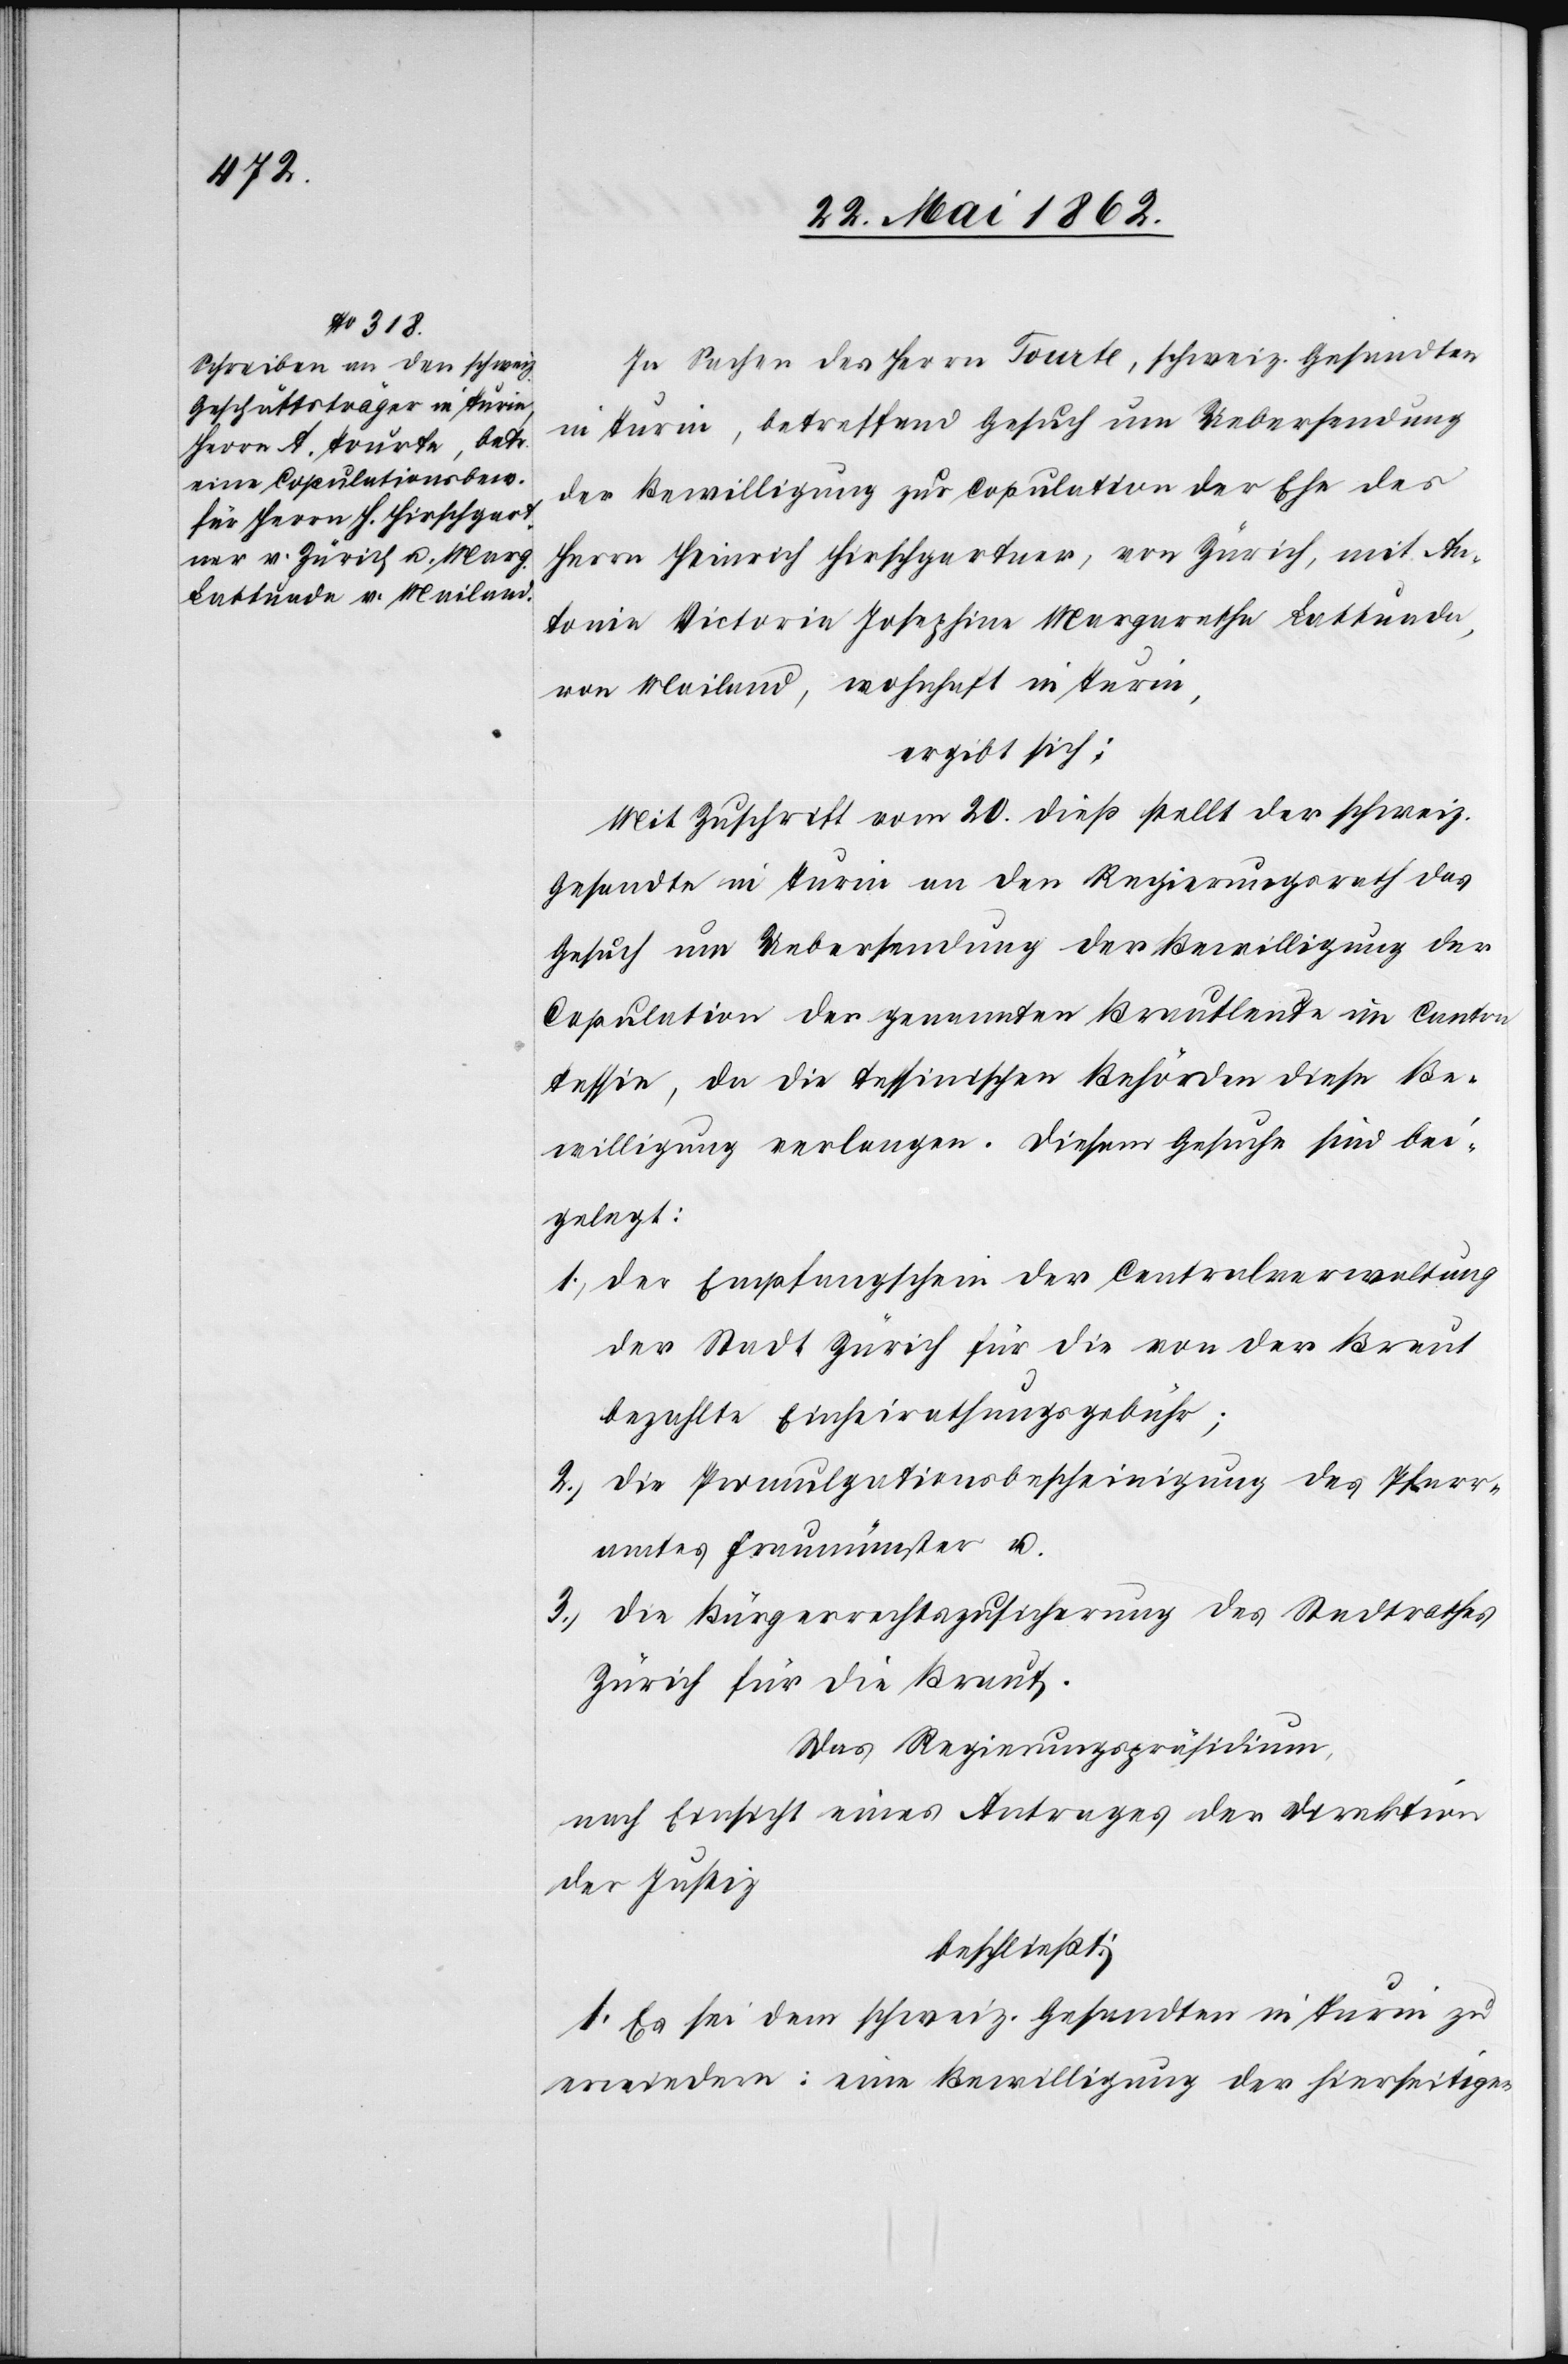
26. Mai 1862.]
In Sachen des Herrn Tourte, schweiz. Gesandten
in Turin, betreffend Gesuch um Uebersendung
der Bewilligung zur Copulation der Ehe des
Herrn Heinrich Hirschgartner, von Zürich, mit An¬
tonia Victoria Josephine Margaretha Lattuada,
von Mailand, wohnhaft in Turin,
ergibt sich:
Mit Zuschrift vom 20. dieß stellt der schweiz.
Gesandte in Turin an den Regierungsrath das
Gesuch um Uebersendung der Bewilligung der
Copulation der genannten Brautleute im Canton
Tessin, da die tessinischen Behörden diese Be¬
willigung verlangen. Diesem Gesuche sind bei¬
gelegt:
1) Der Empfangschein der Centralverwaltung
der Stadt Zürich für die von der Braut
bezahlte Einheirathungsgebühr;
2) Die Promulgationsbescheinigung des Pfarr¬
amtes Fraumünster u.
3) Die Bürgerrechtszusicherung des Stadtrathes
Zürich für die Braut.
Das Regierungspräsidium
nach Einsicht eines Antrages der Direktion
der Justiz
beschließt:
1. Es sei dem schweiz. Gesandten in Turin zu
erwiedern: eine Bewilligung der hierseitigen